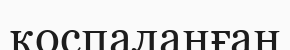
қоспаланған